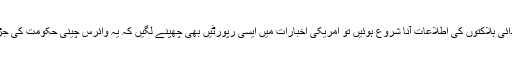
دلچسپ بات یہ ہے کہ جب چین میں وائرس سے ابتدائی ہلاکتوں کی اطلاعات آنا شروع ہوئیں تو امریکی اخبارات میں ایسی رپورٹیں بھی چھپنے لگیں کہ یہ وائرس چینی حکومت کی جڑوں میں بیٹھ جائے گا اور اس کا خاتمہ ہو جائے گا۔